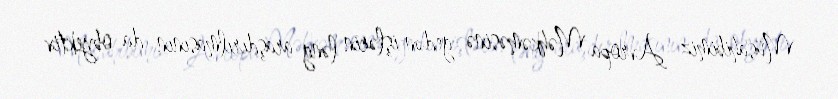
Müsahibimiz Avropa Məhkəməsinə gedən işlərin ləng araşdırılmasının da obyektiv